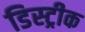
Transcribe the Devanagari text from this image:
डिस्ट्रीक